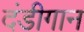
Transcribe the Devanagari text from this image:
दंडीगान